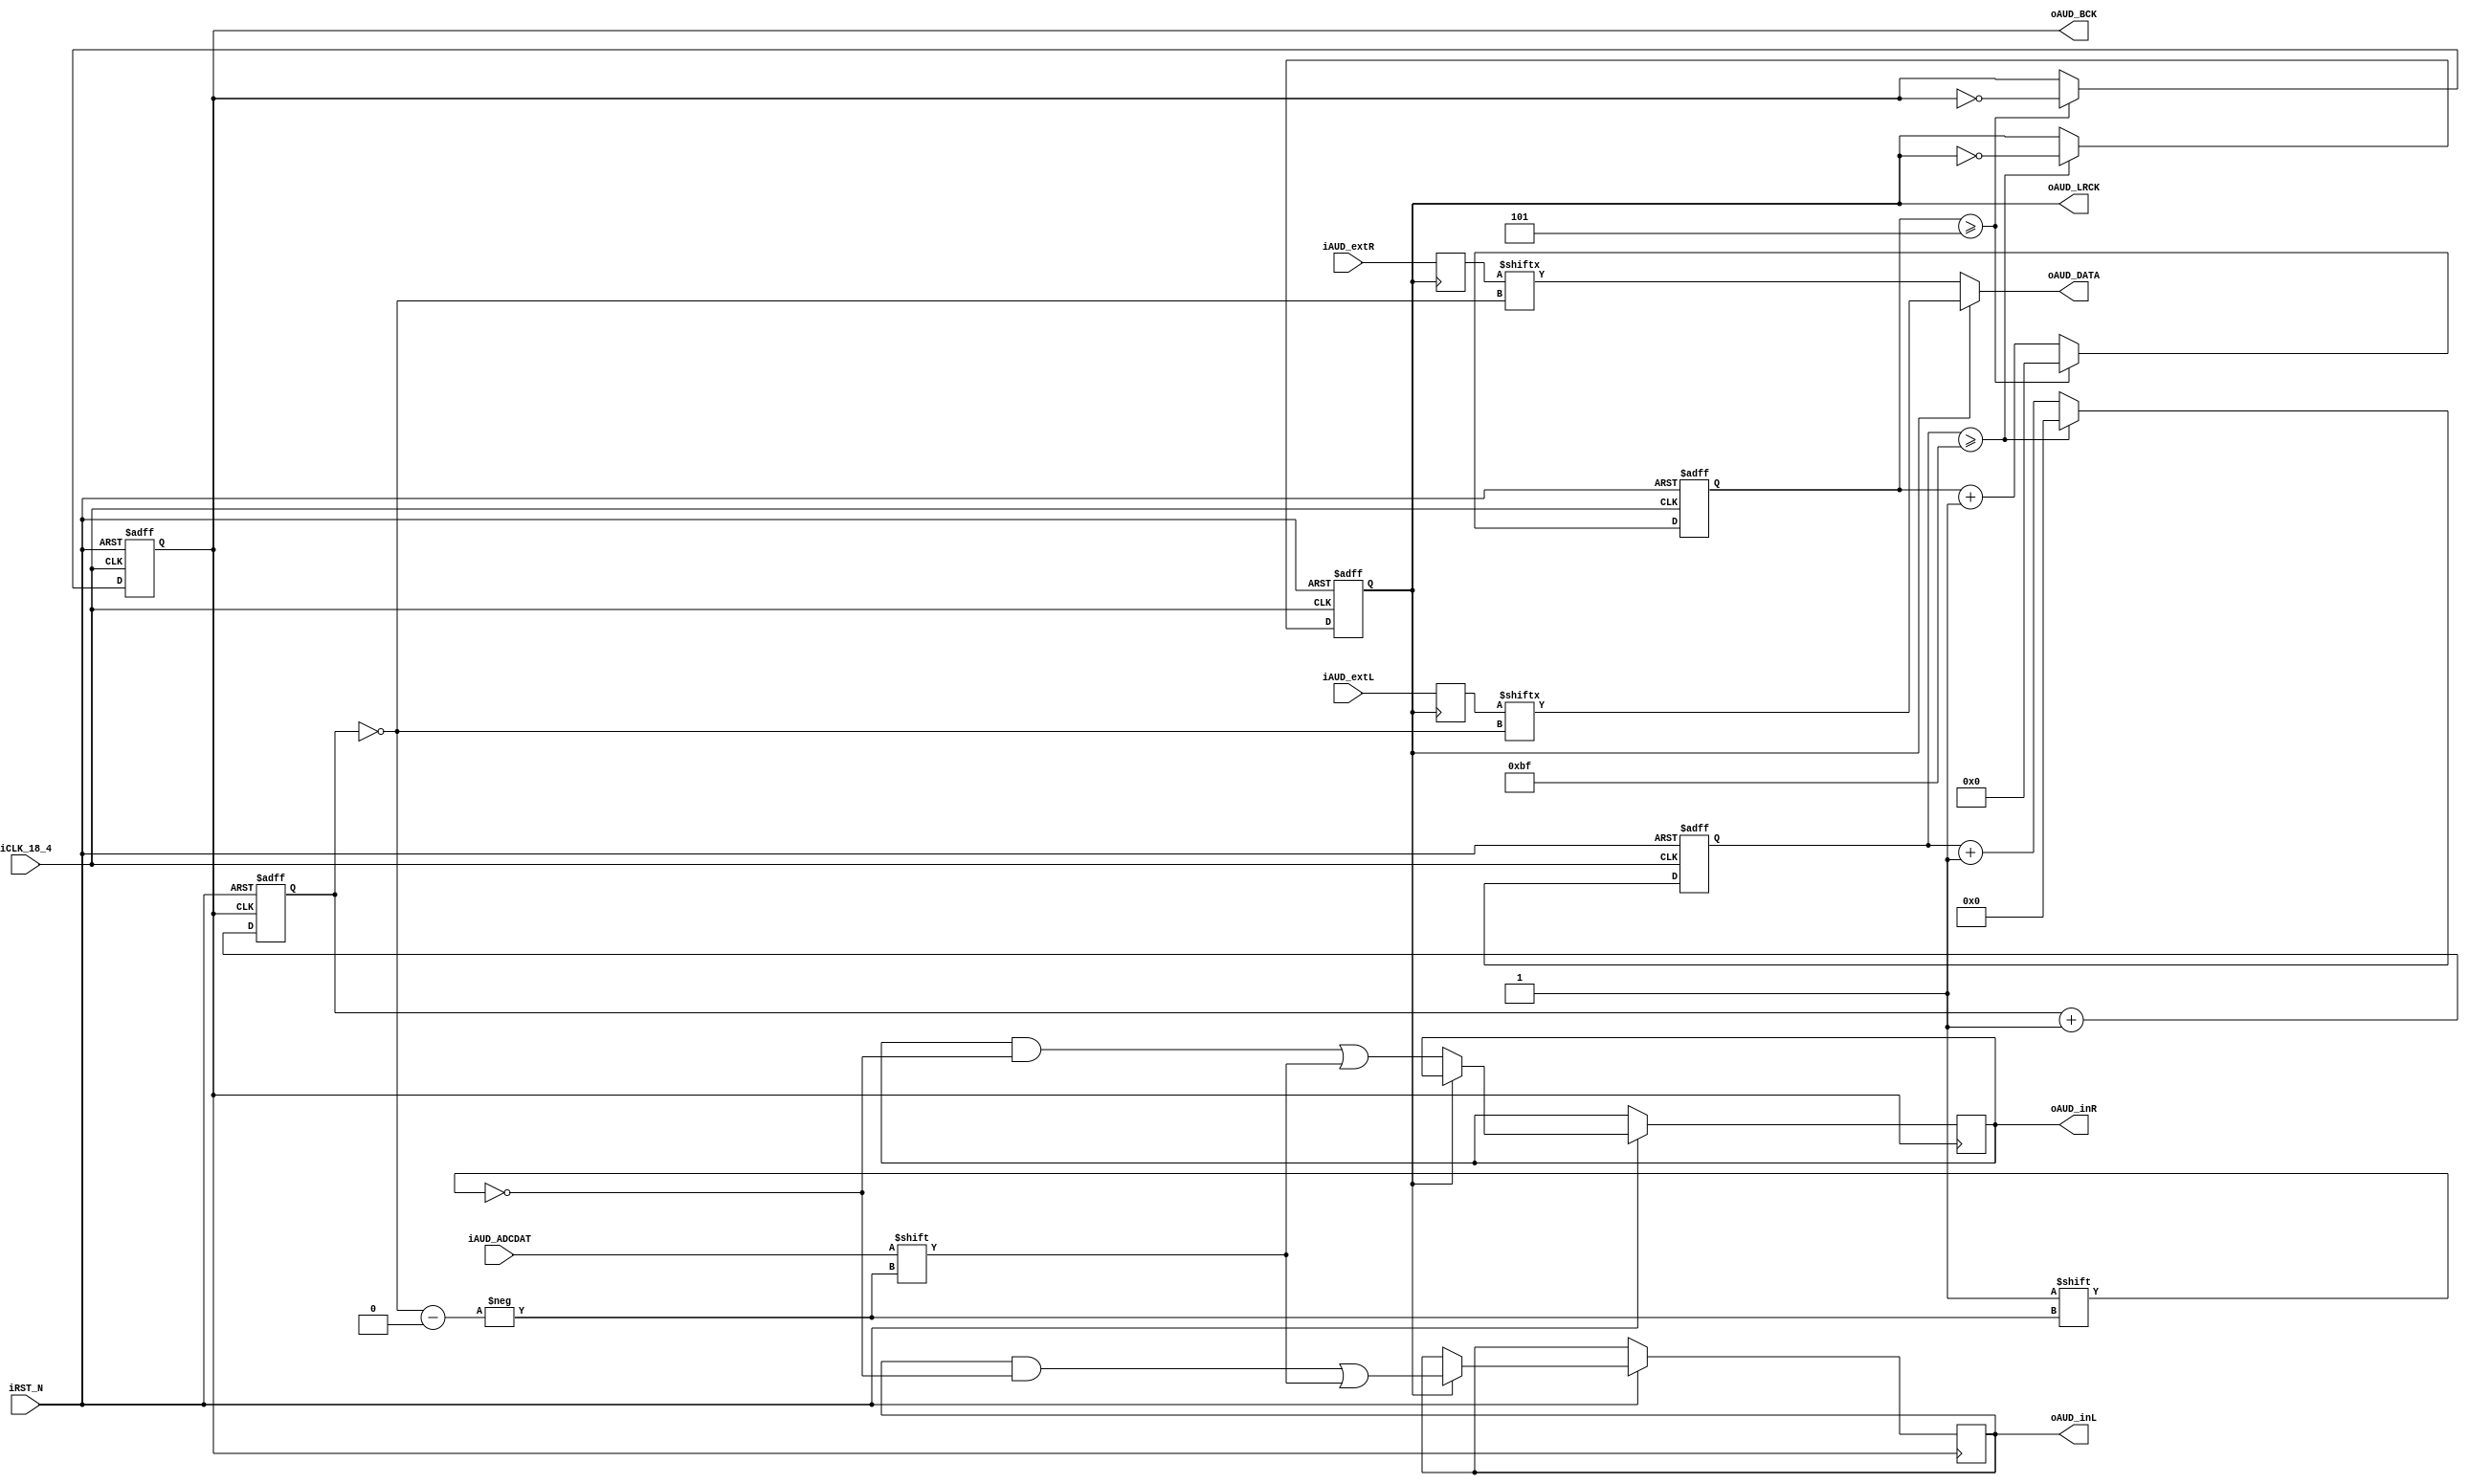
/////////////////////////////////////////////////////////////////////////
// modified from the Terasic version:
//   eliminate all memory references
//   simplify interface to top-level module
//   add audio I/O from top-level module
// modifed by Bruce Land, Cornell University 2007
/////////////////////////////////////////////////////////////////////////

module AUDIO_DAC_ADC (	
					oAUD_BCK,
					oAUD_DATA,
					oAUD_LRCK,
					oAUD_inL,
					oAUD_inR,
					iAUD_ADCDAT,
					iAUD_extR,
					iAUD_extL,
					//	Control Signals
				    iCLK_18_4,
					iRST_N	
					);				

parameter	REF_CLK			=	18432000;	//	18.432	MHz
parameter	SAMPLE_RATE		=	48000;		//	48		KHz
parameter	DATA_WIDTH		=	16;			//	16		Bits
parameter	CHANNEL_NUM		=	2;			//	Dual Channel

// audio input FROM top-level module
input signed [DATA_WIDTH-1:0]	iAUD_extR, iAUD_extL;
// audio output TO top-level module
output signed [DATA_WIDTH-1:0]	oAUD_inL, oAUD_inR;

//	Audio Side
output			oAUD_DATA;
output			oAUD_LRCK;
output	reg		oAUD_BCK;
input			iAUD_ADCDAT;
//	Control Signals
//input	[1:0]	iSrc_Select;
input			iCLK_18_4;
input			iRST_N;
//	Internal Registers and Wires
reg		[3:0]	BCK_DIV;
reg		[8:0]	LRCK_1X_DIV;
reg		[7:0]	LRCK_2X_DIV;
reg		[6:0]	LRCK_4X_DIV;
reg		[3:0]	SEL_Cont;

// to DAC and from ADC
reg signed [DATA_WIDTH-1:0]	AUD_outL, AUD_outR ;
reg	signed [DATA_WIDTH-1:0]	AUD_inL, AUD_inR ;

reg							LRCK_1X;
reg							LRCK_2X;
reg							LRCK_4X;

wire	[3:0]				bit_in;

//////////////////////////////////////////////////
////////////	AUD_BCK Generator	//////////////
/////////////////////////////////////////////////
always@(posedge iCLK_18_4 or negedge iRST_N)
begin
	if(!iRST_N)
	begin
		BCK_DIV		<=	0;
		oAUD_BCK	<=	0;
	end
	else
	begin
		if(BCK_DIV >= REF_CLK/(SAMPLE_RATE*DATA_WIDTH*CHANNEL_NUM*2)-1 )
		begin
			BCK_DIV		<=	0;
			oAUD_BCK	<=	~oAUD_BCK;
		end
		else
		BCK_DIV		<=	BCK_DIV+1;
	end
end

//////////////////////////////////////////////////
////////////	AUD_LRCK Generator	//////////////
//oAUD_LRCK is high for left and low for right////
//////////////////////////////////////////////////
always@(posedge iCLK_18_4 or negedge iRST_N)
begin
	if(!iRST_N)
	begin
		LRCK_1X_DIV	<=	0;
		LRCK_2X_DIV	<=	0;
		LRCK_4X_DIV	<=	0;
		LRCK_1X		<=	0;
		LRCK_2X		<=	0;
		LRCK_4X		<=	0;
	end
	else
	begin
		//	LRCK 1X
		if(LRCK_1X_DIV >= REF_CLK/(SAMPLE_RATE*2)-1 )
		begin
			LRCK_1X_DIV	<=	0;
			LRCK_1X	<=	~LRCK_1X;
		end
		else
		LRCK_1X_DIV		<=	LRCK_1X_DIV+1;
		//	LRCK 2X
		if(LRCK_2X_DIV >= REF_CLK/(SAMPLE_RATE*4)-1 )
		begin
			LRCK_2X_DIV	<=	0;
			LRCK_2X	<=	~LRCK_2X;
		end
		else
		LRCK_2X_DIV		<=	LRCK_2X_DIV+1;		
		//	LRCK 4X
		if(LRCK_4X_DIV >= REF_CLK/(SAMPLE_RATE*8)-1 )
		begin
			LRCK_4X_DIV	<=	0;
			LRCK_4X	<=	~LRCK_4X;
		end
		else
		LRCK_4X_DIV		<=	LRCK_4X_DIV+1;		
	end
end

assign oAUD_LRCK = LRCK_1X;


//////////////////////////////////////////////////
//////////	16 Bits - MSB First	//////////////////
/// Clocks in the ADC input
/// and sets up the output bit selector
/// and clocks out the DAC data
//////////////////////////////////////////////////
// first the ADC
always@(negedge oAUD_BCK or negedge iRST_N)
begin
	if(!iRST_N) SEL_Cont <= 0;
	else
	begin
		SEL_Cont <= SEL_Cont+1; //4 bit counter, so it wraps at 16
		if (LRCK_1X)
			AUD_inL[~(SEL_Cont)] <= iAUD_ADCDAT;
		else
			AUD_inR[~(SEL_Cont)] <= iAUD_ADCDAT;
	end
end
assign oAUD_inL = AUD_inL;
assign oAUD_inR = AUD_inR;

// now the DAC -- output the DAC bit-stream					
assign oAUD_DATA = (LRCK_1X)? AUD_outL[~SEL_Cont]: AUD_outR[~SEL_Cont] ;
//assign oAUD_DATA = (LRCK_1X)? iAUD_extL[~SEL_Cont]: iAUD_extR[~SEL_Cont] ;																			
// register the inputs	


always@(posedge LRCK_1X) //oAUD_LRCK --  posedge LRCK_1X
begin
	AUD_outR <= iAUD_extR; 
	AUD_outL <= iAUD_extL ;
 end 

//assign AUD_outR = iAUD_extR ; 
//assign AUD_outL = iAUD_extL ;

endmodule